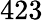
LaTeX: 423